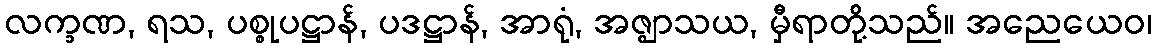
လက္ခဏ, ရသ, ပစ္စုပဋ္ဌာန်, ပဒဋ္ဌာန်, အာရုံ, အဇ္ဈာသယ, မှီရာတို့သည်။ အညေယေဝ၊